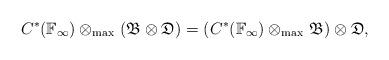
LaTeX: \begin{align*} C^\ast(\mathbb F_\infty) \otimes_{\max{}} (\mathfrak B \otimes \mathfrak D) = (C^\ast(\mathbb F_\infty) \otimes_{\max{}} \mathfrak B) \otimes \mathfrak D, \end{align*}